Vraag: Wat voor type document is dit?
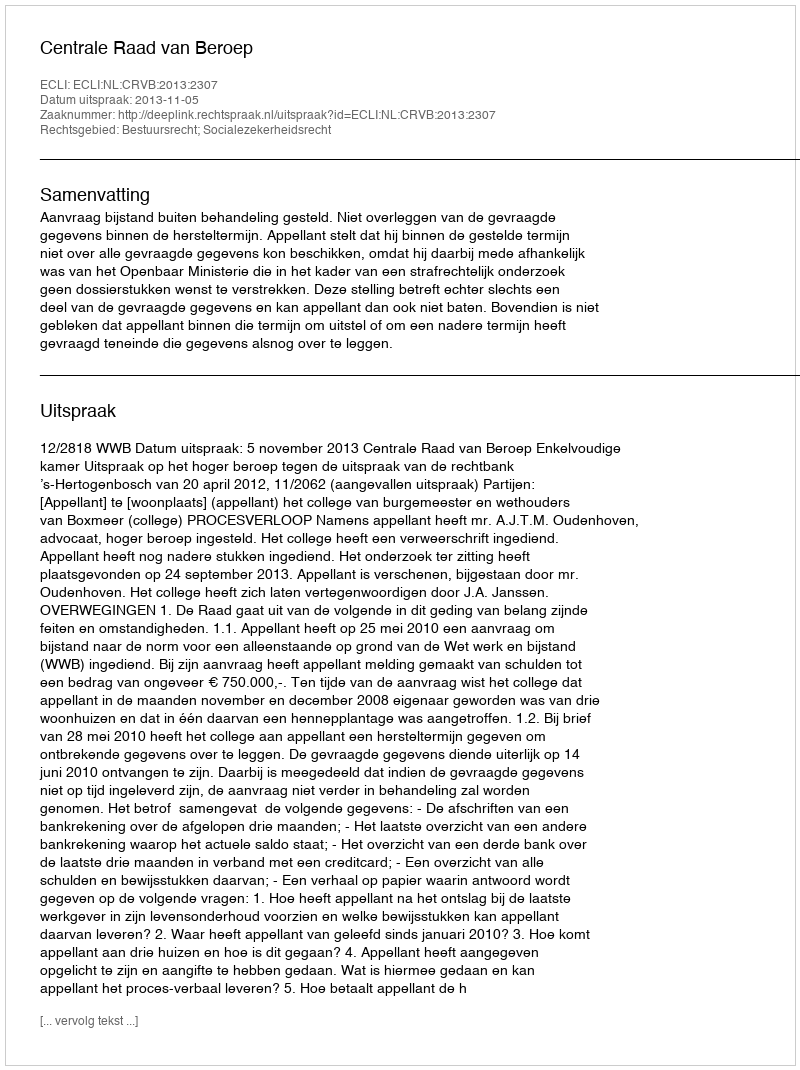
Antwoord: Uitspraak